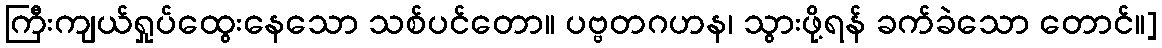
ကြီးကျယ်ရှုပ်ထွေးနေသော သစ်ပင်တော။ ပဗ္ဗတဂဟန၊ သွားဖို့ရန် ခက်ခဲသော တောင်။]